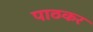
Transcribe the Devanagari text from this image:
पाठकर